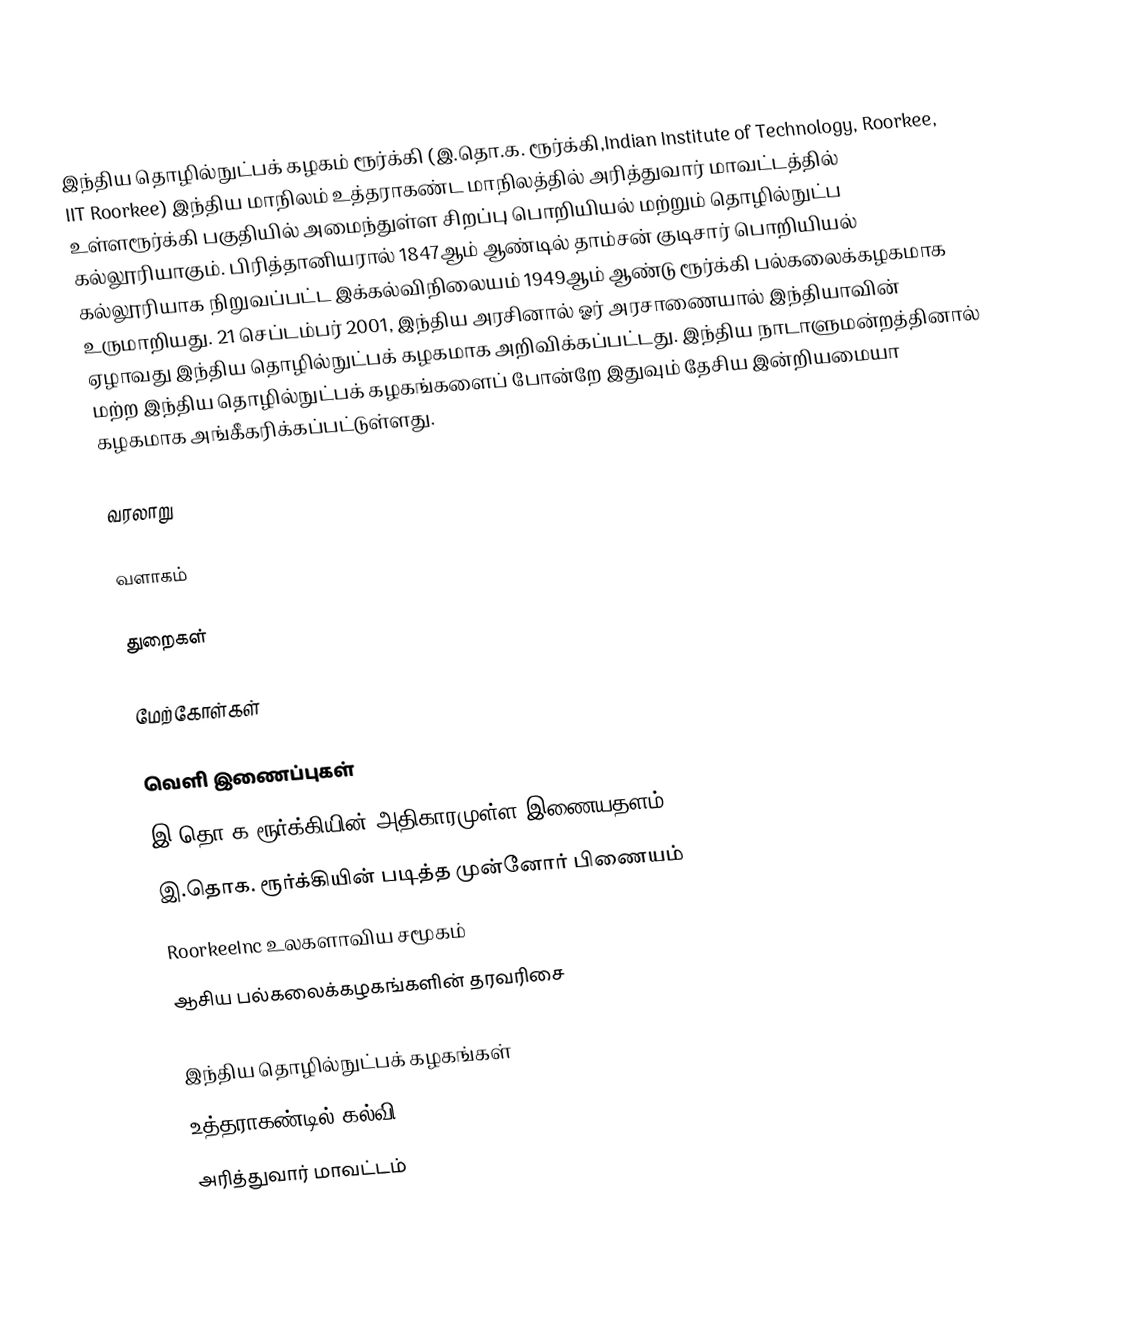
இந்திய தொழில்நுட்பக் கழகம் ரூர்க்கி (இ.தொ.க. ரூர்க்கி,Indian Institute of Technology, Roorkee, IIT Roorkee) இந்திய மாநிலம் உத்தராகண்ட  மாநிலத்தில் அரித்துவார் மாவட்டத்தில் உள்ளரூர்க்கி பகுதியில் அமைந்துள்ள சிறப்பு பொறியியல் மற்றும் தொழில்நுட்ப கல்லூரியாகும். பிரித்தானியரால் 1847ஆம் ஆண்டில் தாம்சன் குடிசார் பொறியியல் கல்லூரியாக நிறுவப்பட்ட இக்கல்விநிலையம் 1949ஆம் ஆண்டு ரூர்க்கி பல்கலைக்கழகமாக உருமாறியது. 21 செப்டம்பர் 2001, இந்திய அரசினால் ஓர் அரசாணையால் இந்தியாவின் ஏழாவது இந்திய தொழில்நுட்பக் கழகமாக அறிவிக்கப்பட்டது. இந்திய நாடாளுமன்றத்தினால் மற்ற இந்திய தொழில்நுட்பக் கழகங்களைப் போன்றே இதுவும்  தேசிய இன்றியமையா கழகமாக அங்கீகரிக்கப்பட்டுள்ளது.

வரலாறு

வளாகம்

துறைகள்

மேற்கோள்கள்

வெளி இணைப்புகள்
இ.தொ.க ரூர்க்கியின் அதிகாரமுள்ள இணையதளம்
இ.தொக. ரூர்க்கியின் படித்த முன்னோர் பிணையம்
RoorkeeInc உலகளாவிய சமூகம்
ஆசிய பல்கலைக்கழகங்களின் தரவரிசை

இந்திய தொழில்நுட்பக் கழகங்கள்
உத்தராகண்டில் கல்வி
அரித்துவார் மாவட்டம்

de:Indian Institute of Technology